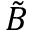
\tilde { B }